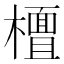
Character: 𣞀